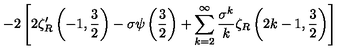
- 2 \left[ 2 \zeta _ { R } ^ { \prime } \left( - 1 , { \frac { 3 } { 2 } } \right) - \sigma \psi \left( { \frac { 3 } { 2 } } \right) + \sum _ { k = 2 } ^ { \infty } { \frac { \sigma ^ { k } } { k } } \zeta _ { R } \left( 2 k - 1 , { \frac { 3 } { 2 } } \right) \right]